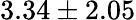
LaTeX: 3.34\pm 2.05